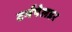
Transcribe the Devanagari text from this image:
टर्मपेलडर